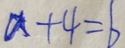
a + 4 = b